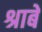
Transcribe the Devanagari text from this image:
श्राबे